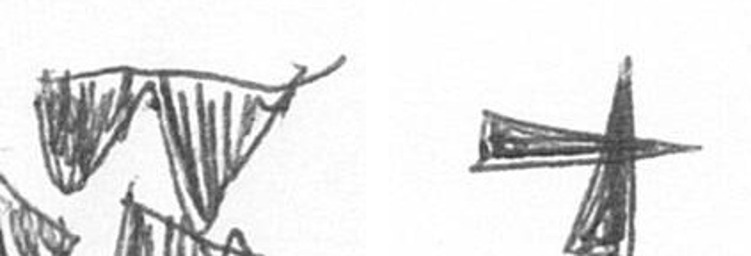
B G